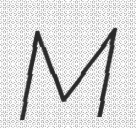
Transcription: M